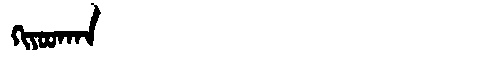
Manchu: ᡴᡳᠶᠣᠣᡴᠠᠨ
Romanization: KIYOOKAN